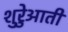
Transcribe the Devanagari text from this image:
शुरेुआती